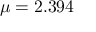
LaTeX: \mu = 2 . 3 9 4